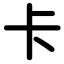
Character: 卡